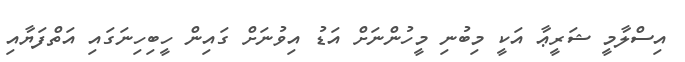
އިސްލާމީ ޝަރީޢާ އަކީ މިބުނި މީހުންނަށް އަޑު އިވުނަށް ގައިން ހީބިހިނަގައި އަތްފަޔާއި